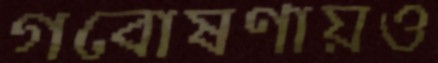
গবোষণায়ও